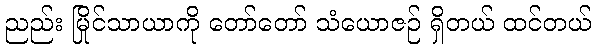
ညည်း မြိုင်သာယာကို တော်တော် သံယောဇဉ် ရှိတယ် ထင်တယ်